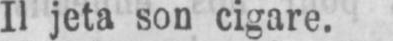
Il jeta son cigare.